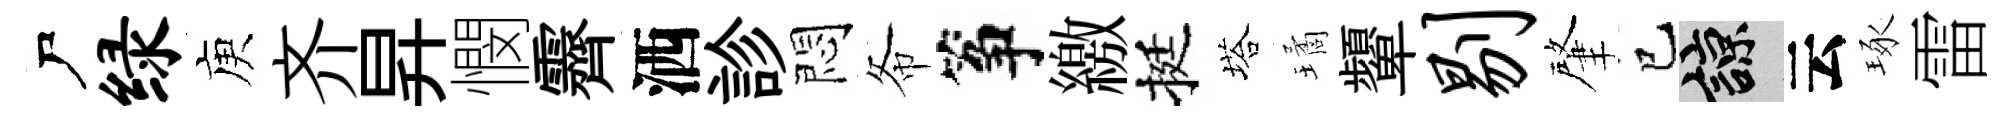
尸绿庾齐昇憫霽洒診悶𢁙筝繳挺塔璚顰剔肇巳諒云琢雷